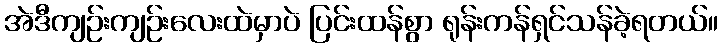
အဲဒီကျဉ်းကျဉ်းလေးထဲမှာပဲ ပြင်းထန်စွာ ရုန်းကန်ရှင်သန်ခဲ့ရတယ်။